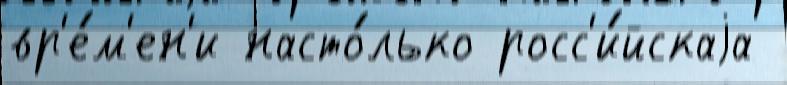
вр'е́м'ен'и насто́лько росс'и́йскаjа